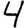
Digit: 4